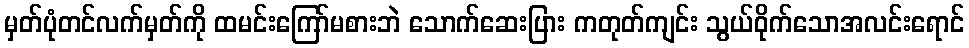
မှတ်ပုံတင်လက်မှတ်ကို ထမင်းကြော်မစားဘဲ သောက်ဆေးပြား ကတုတ်ကျင်း သွယ်ဝိုက်သောအလင်းရောင်